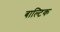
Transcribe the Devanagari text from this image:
बाल्‍टिक